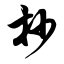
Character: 抄